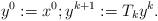
LaTeX: \begin{align*}y^{0}:=x^{0};y^{k+1}:=T_{k}y^{k}. \end{align*}